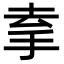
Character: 𢫀